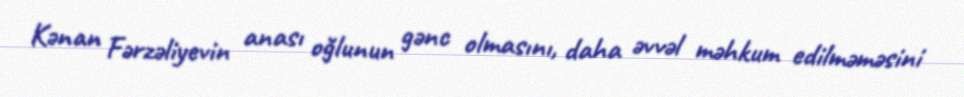
Kənan Fərzəliyevin anası oğlunun gənc olmasını, daha əvvəl məhkum edilməməsini